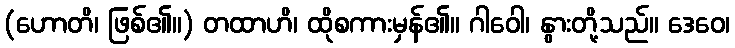
(ဟောတိ၊ ဖြစ်၏။) တထာဟိ၊ ထိုစကားမှန်၏။ ဂါဝေါ၊ နွားတို့သည်။ ဒေဝေ၊